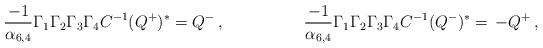
LaTeX: \begin{align*}{-1\over \alpha_{6,4}}\Gamma_1\Gamma_2\Gamma_3\Gamma_4 C^{-1} (Q^+)^* = Q^-\, ,\hskip 2truecm{-1\over \alpha_{6,4}}\Gamma_1\Gamma_2\Gamma_3\Gamma_4C^{-1} (Q^-)^* = \,- Q^+\,,\end{align*}